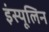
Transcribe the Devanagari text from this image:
इंस्यूलिन